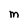
Character: m